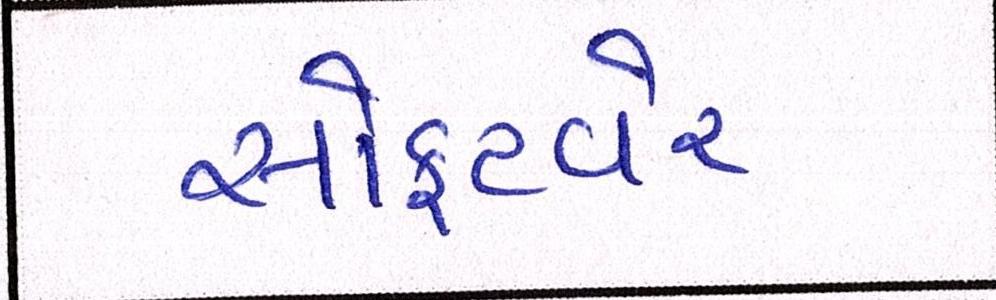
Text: સોફટવેર